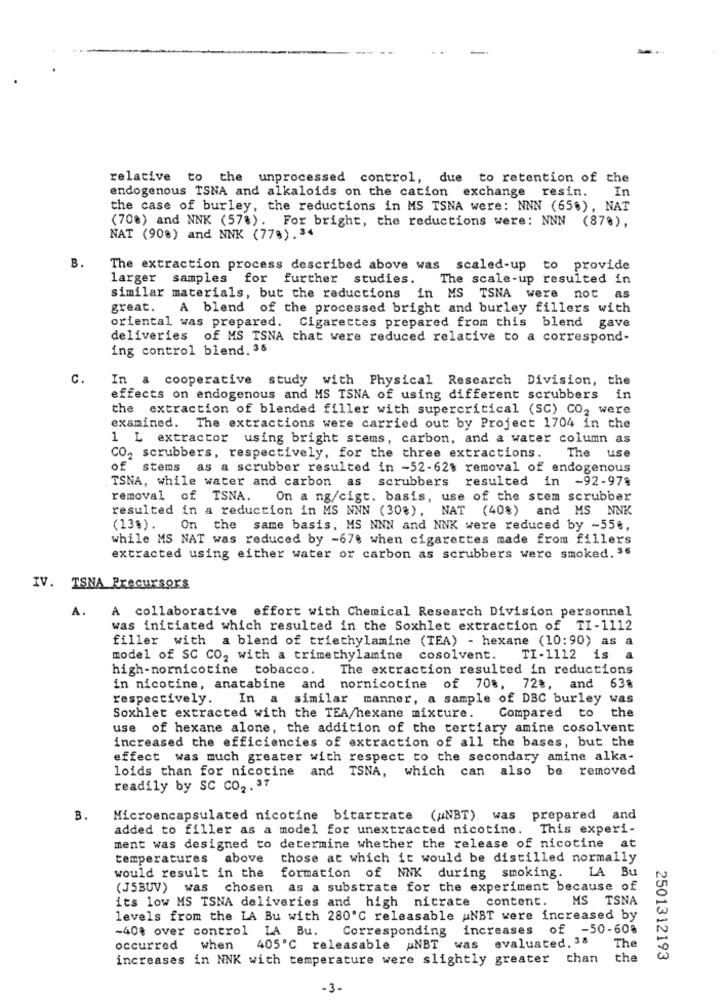
relative to the unprocessed control, due to retention of the
endogenous TSNA and alkaloids on the cation exchange resin.
In
the case of burley, the reductions in MS TSNA were: NNN (65%), NAT
(70%) and NNK (578). For bright, the reductions were: NNN (878),
NAT (90%) and NNK (77%). 34
B.
The extraction process described above was scaled-up to provide
larger samples for further studies.
The scale-up resulted in
similar materials, but the reductions in MS TSNA were not as
great. A blend of the processed bright and burley fillers with
oriental was prepared. Cigarettes prepared from this blend gave
deliveries of MS TSNA that were reduced relative to a correspond-
ing control blend. 35
C.
In a cooperative study with Physical Research Division, the
effects on endogenous and MS TSNA of using different scrubbers in
the extraction of blended filler with supercritical (SC) CO2 were
examined. The extractions were carried out by Project 1704 in the
1 L extractor using bright stems, carbon, and a water column as
CO2 scrubbers, respectively, for the three extractions. The use
of stems as a scrubber resulted in -52-628 removal of endogenous
TSNA, while water and carbon as scrubbers resulted in -92-97%
removal of TSNA. On a ng/cigt. basis, use of the stem scrubber
resulted in a reduction in MS NNN (30%), NAT (40%) and MS NNK
(13%) .
On the same basis, MS NNN and NNK were reduced by -55%,
while MS NAT was reduced by -678 when cigarettes made from fillers
extracted using either water or carbon as scrubbers were smoked. 36
IV. TSNA Precursors
A. A collaborative effort with Chemical Research Division personnel
was initiated which resulted in the Soxhlet extraction of TI-1112
filler with a blend of triethylamine (TEA) - hexane (10:90) as a
model of SC CO2 with a trimethylamine
cosolvent.
TI -1112 is
a
high-nornicotine tobacco.
The extraction resulted in reductions
in nicotine, anatabine and nornicotine of 708, 72%, and 638
respectively.
In a
similar manner, a sample of DBC burley was
Soxhlet extracted with the TEA/hexane mixture.
Compared to the
use of hexane alone, the addition of the tertiary amine cosolvent
increased the efficiencies of extraction of all the bases, but the
effect was much greater with respect to the secondary amine alka-
loids than for nicotine and TSNA, which can also be removed
readily by SC CO2. 37
B.
Microencapsulated nicotine bitartrate ("NBT) was prepared and
added to filler as a model for unextracted nicotine. This experi-
ment was designed to determine whether the release of nicotine at
temperatures above
those at which it would be distilled normally
would result in the
formation of NNK during smoking. LA Bu
(J5BUV) was chosen as a substrate for the experiment because of
its low MS TSNA deliveries and high nitrate content.
MS TSNA
levels from the LA Bu with 280'℃ releasable ANBT were increased by
-40% over control LA Bu.
Corresponding increases of -50-608
was evaluated. 38
occurred
when
405℃ releasable ANBT
The
increases in NNK with temperature were slightly greater than
the
2501312193
-3-